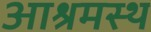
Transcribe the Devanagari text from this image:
आश्रमस्थ